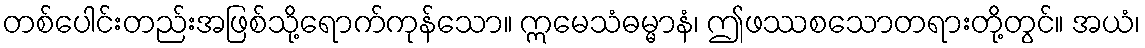
တစ်ပေါင်းတည်းအဖြစ်သို့ရောက်ကုန်သော။ ဣမေသံဓမ္မာနံ၊ ဤဖဿစသောတရားတို့တွင်။ အယံ၊